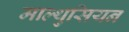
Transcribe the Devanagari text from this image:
माल्थुसियन